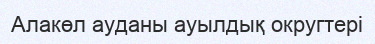
Алакөл ауданы ауылдық округтері